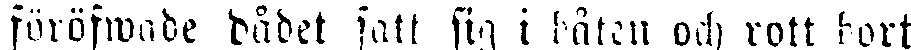
föröfwade dådet fatt sig i båten och rott bort